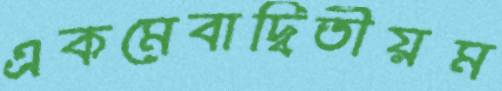
একমেবাদ্বিতীয়ম